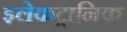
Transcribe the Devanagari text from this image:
इलेकट्रानिक